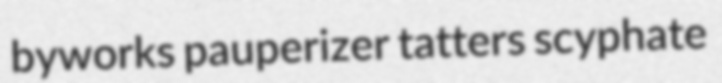
byworks pauperizer tatters scyphate